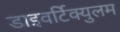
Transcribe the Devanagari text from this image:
डाइवर्टिक्युलम